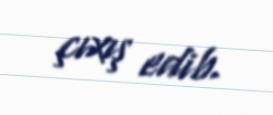
çıxış edib.